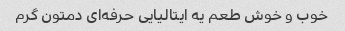
خوب و خوش طعم یه ایتالیایی حرفه‌ای دمتون گرم